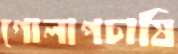
গোলাপচাষি